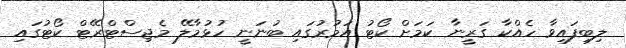
ލިބިފައިވާ ހެއްކާ ގަރީނާ ކަމަށް ކޯޓު އަމުރުގައި ބުނަނީ ހުޅުމާލޭ މެޖިސްޓްރޭޓް ކޯޓުގައި